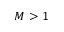
M > 1